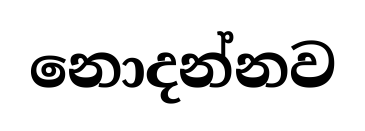
නොදන්නව